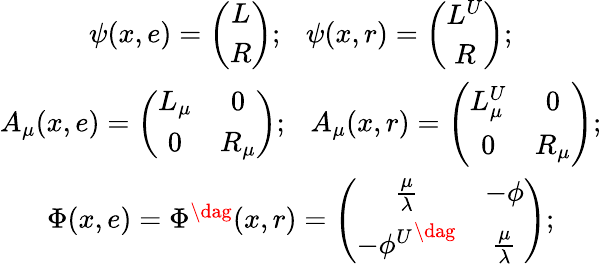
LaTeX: \begin{array}{cl}{{\psi(x,e)=\left(\begin{array}{cl}{{L}}\\ {{R}}\end{array}\right);~~~\psi(x,r)=\left(\begin{array}{cl}{{L^{U}}}\\ {{R}}\end{array}\right);}}\\ {{A_{\mu}(x,e)=\left(\begin{array}{ccc}{{L_{\mu}}}&{{0}}\\ {{0}}&{{R_{\mu}}}\end{array}\right);~~~A_{\mu}(x,r)=\left(\begin{array}{ccc}{{L_{\mu}^{U}}}&{{0}}\\ {{0}}&{{R_{\mu}}}\end{array}\right);}}\\ {{\Phi(x,e)=\Phi{^{\dag}}(x,r)=\left(\begin{array}{ccc}{{{\frac{\mu}{\lambda}}}}&{{{-\phi}}}\\ {{{-\phi^{U}}^{\dag}}}&{{{\frac{\mu}{\lambda}}}}\end{array}\right);}}\end{array}